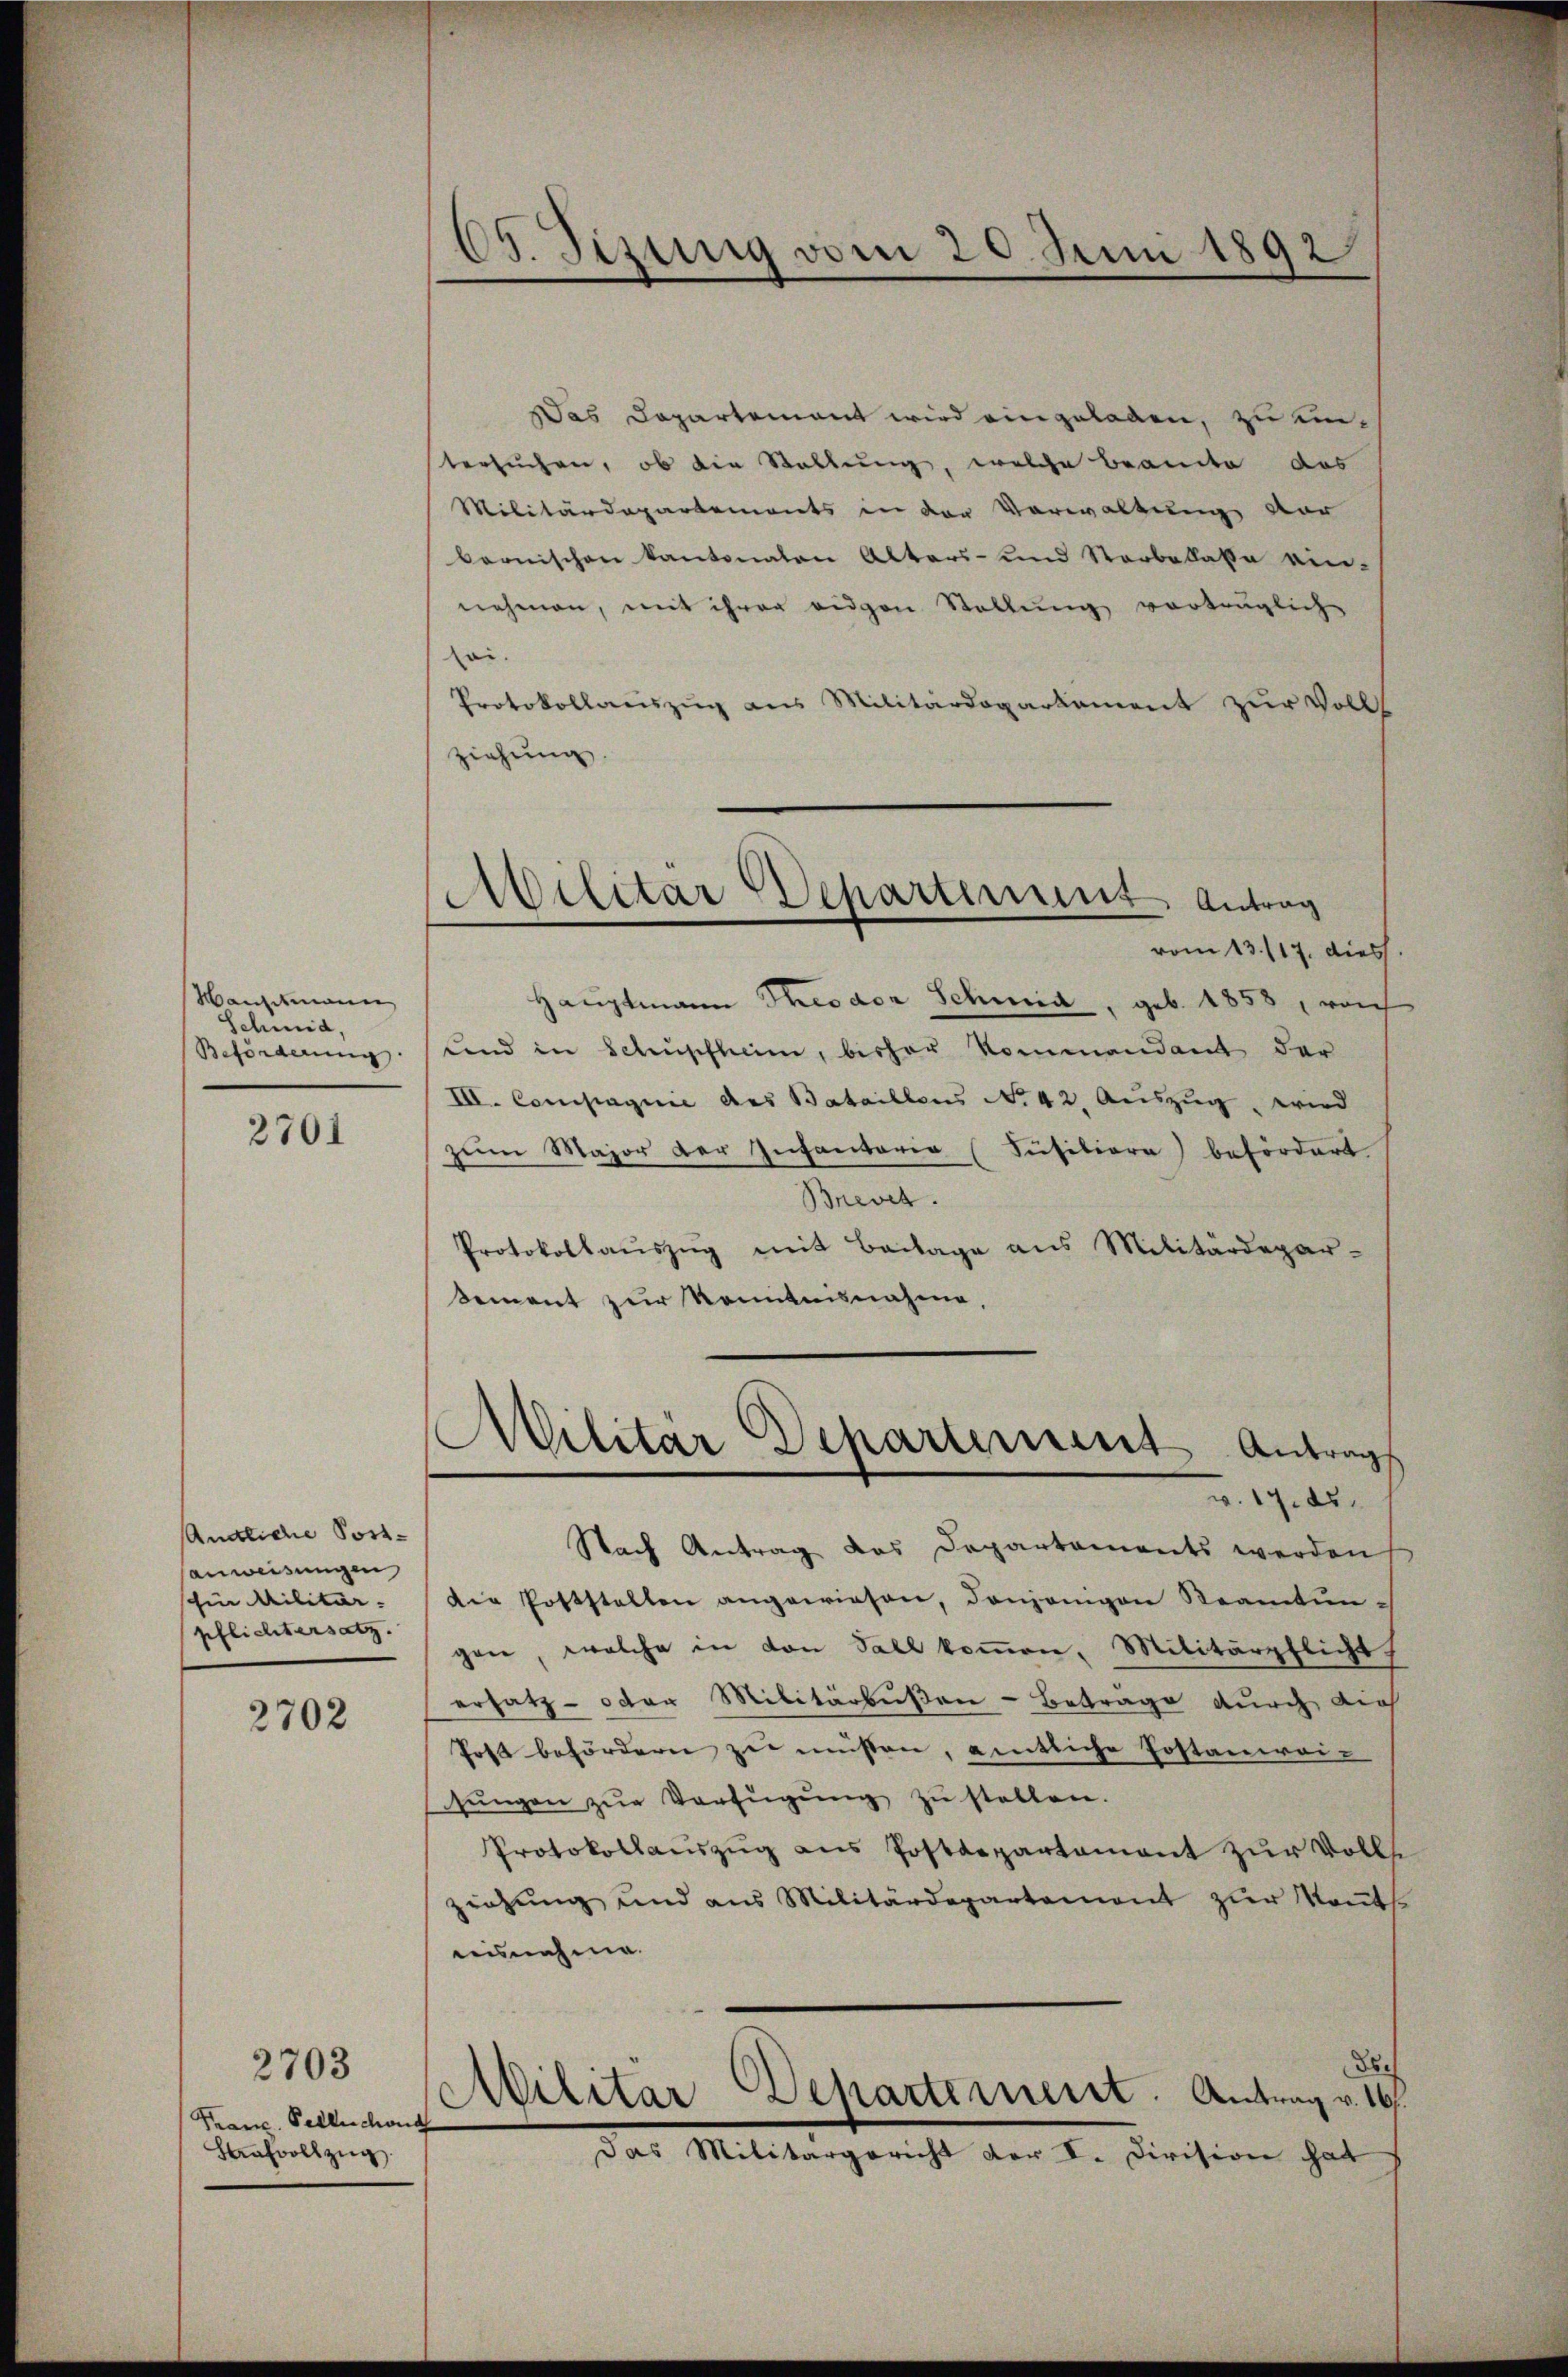
Hansitmann
Schmid,
Beförderung

2701

Andliche Post-
anweisungen
schen Militär.
pflichtersatz.

2702

Franz. Sellnchon
Strafvollzŭg

2703

69. Jizung vom 20. Juni 1892

Militär Departement Antrag

Militar Departement Antrags

Das Departement wird eingeladen, zu emtersuchen, ob die Stellung, welche Beamte das
Militärdepartements in der Verwaltung vor
bernischen Kantonalen Alters- und Vorbelasse ein-
nehmen, mit ihrer eigen Stellung vorträgliche
soi.
Protokollauszug aus Militärdepartement zur Volls
ziehung
vom 13. 117. dies
Hauptmann Theodor Schmid, geb. 1858, reich
und in Schüpfheim, bisher kommendant der
III. Compagnie des Bataillons No 42. Aŭszŭg wird
zum Major der Infantaria (Füsiliora befördert
Brevet.
Protokollaŭszŭg mit Beilage ans Militärdepar-
Sement zur Kenntnisnahme,
19. ds.
Nach Antrag des Departaments werden
die Poststellen angewiesen, denjenigen Reamtŭn-
gere, welche in von Fall koṁen, Militärpflicht
ersatz- oder Militärbußen-Betrage durch dich
Post befördern zu müssen, entliche Postanweisŭngen zŭr Verfügŭng zŭ stellen.
Protokollanszŭg ans Postdepartament zŭr Volls
ziehŭng und ans Militärdepartement zŭr Keṅt-
aisnahme.
ds
Das Militärgericht der I. Division hat

Militar Departement. Antrag v. 16.